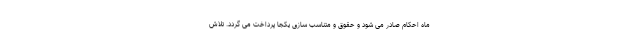
ماه احکام صادر می شود و حقوق و متناسب سازی یکجا پرداخت می گردد. تلاش